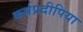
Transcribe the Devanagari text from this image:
कर्मप्रदीपिया